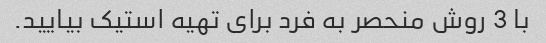
با 3 روش منحصر به فرد برای تهیه استیک بیایید.